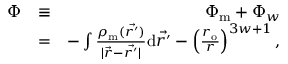
\begin{array} { r l r } { \Phi } & { \equiv } & { \Phi _ { \mathrm { m } } + \Phi _ { w } } \\ & { = } & { - \int \frac { \rho _ { \mathrm { m } } ( \vec { r ^ { \prime } } ) } { \mid \vec { r } - \vec { r ^ { \prime } } \mid } \mathrm { d } \vec { r ^ { \prime } } - \left( \frac { r _ { \mathrm { { o } } } } { r } \right) ^ { 3 w + 1 } , } \end{array}